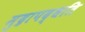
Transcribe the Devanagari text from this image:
मुद्रापद्धति